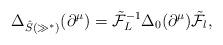
LaTeX: \begin{gather*}\Delta_{\hat{S}(\gg^*)}(\partial^\mu) = \tilde{\mathcal{F}}^{-1}_L\Delta_0(\partial^\mu)\tilde{\mathcal{F}}_l,\end{gather*}